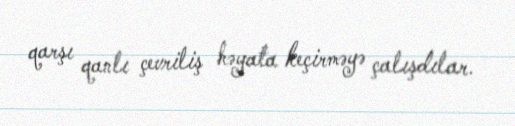
qarşı qanlı çevriliş həyata keçirməyə çalışdılar.